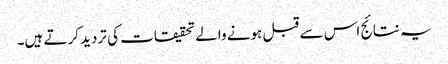
یہ نتائج اس سے قبل ہونے والے تحقیقات کی تردید کرتے ہیں۔